Indian Medical Review
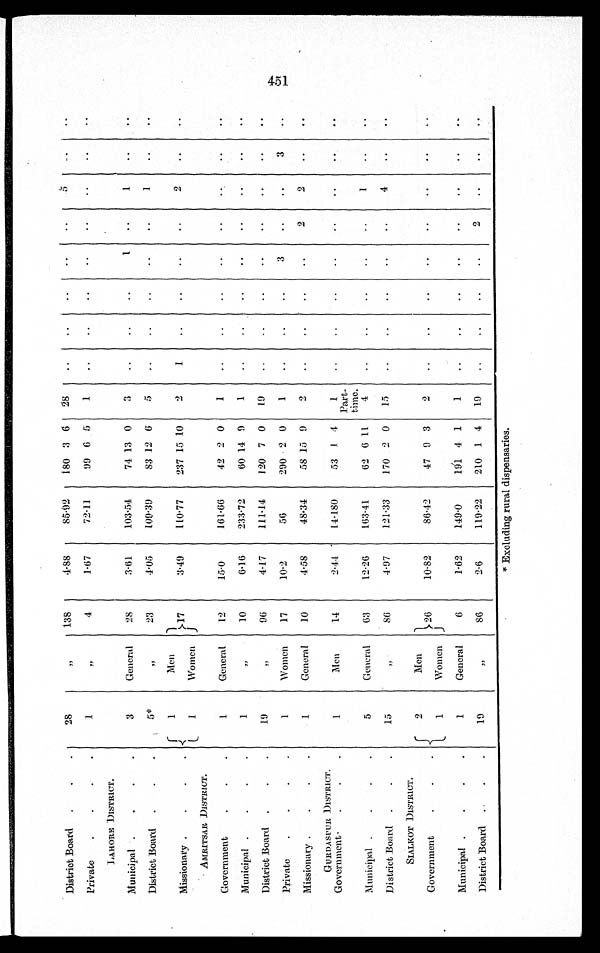
District Board
.
. .
28
, , 138
4.88
85.92
180 3
6
28
..
..
..
..
..
5
. .
. .
Private
.
.
.
.
1
, ,
4
1.67
72.11.
99 6 5
1
..
. .
..
. .
..
..
..
..
L A H O R E D I S T R I C T .
Municipal .
.
.
.
3
General
28
3.61
103.54
74 13 0
3
. .
..
..
1
..
1
..
. .
District Board
.
.
.
5*
„23
4.05
109.39
83 12 6
5
..
..
..
..
. .
. .
..
. .
Missionary .
.
.
.
1
Men
W o m e n
17
3.49
110.77
237 15 10
2
1
..
..
..
..
2
..
..
AMRITSAR DISTRICT.
Government
.
.
.
1
General
12
150
161.66
42 2 0
1
..
..
. .
..
..
. .
..
..
Municipal .
.
.
.
1
, ,
10
6.16
233.72
60 14 9
1
..
..
..
. .
. .
. .
. .
District Board
.
.
.
19
, , 96
4.17
111.14
120 7 0
19
..
..
..
. .
..
..
..
. .
Private
.
.
.
.
1
Women
17
10.2
56
290 2 0
1
. .
..
. .
3
..
. .
3
..
Missionary .
.
.
.
1
General
10
4.58
48.34
58 15 9
2
..
..
..
. .
2
2
..
. .
GURDASPUR DISTRICT.
Government
. . .
1
Men
14
2.44
14.180
53 1 4
1
Part-t i m e .
..
..
..
..
..
..
. .
..
Municipal .
.
.
.
5
General
63
12.26
163.41
62 6 11
4
..
..
..
..
..
1
. .
..
District Board
.
.
.
15
, , 86
4.97
121.33
170 2 0
15
..
..
..
..
..
4
..
. .
SIALKOT DISTRICT.
Government.
.
.
2
1
Men
Women
26
10.82
86.42
47 9 3
2
..
..
..
..
..
..
. .
..
Municipal .
. . .
1
General
6
1.62
149.0
191 4 1
1
..
..
..
..
..
..
..
..
District Board
.
.
.
19
, , 86
2.6
119.22
210 1 4
19
..
..
. . ..
2
..
..
. .
* Excluding rural dispensaries.